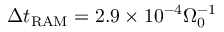
\Delta t _ { \mathrm { R A M } } = 2 . 9 \times 1 0 ^ { - 4 } \Omega _ { 0 } ^ { - 1 }